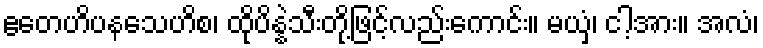
ဧတေဟိပနသေဟိစ၊ ထိုပိန္နဲသီးတို့ဖြင့်လည်းကောင်း။ မယှံ၊ ငါ့အား။ အလံ၊